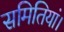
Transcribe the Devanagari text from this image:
समितियां।